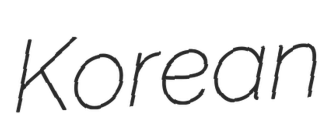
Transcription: Korean